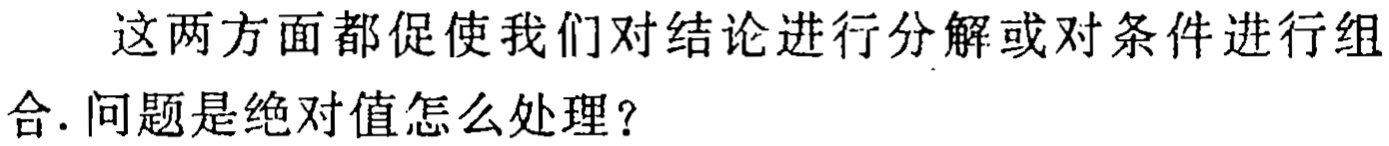
这两方面都促使我们对结论进行分解或对条件进行组合. 问题是绝对值怎么处理？